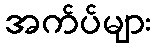
အက်ပ်များ